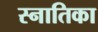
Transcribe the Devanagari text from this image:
स्नातिका